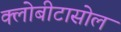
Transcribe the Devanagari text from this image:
क्लोबीटासोल